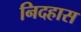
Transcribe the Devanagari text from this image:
निदहास